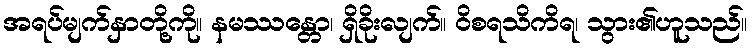
အရပ်မျက်နှာတို့ကို။ နမဿန္တော၊ ရှိခိုးလျက်။ ဝိစရသိကိရ၊ သွား၏ဟူသည်။